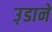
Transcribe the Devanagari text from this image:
उ़डाने